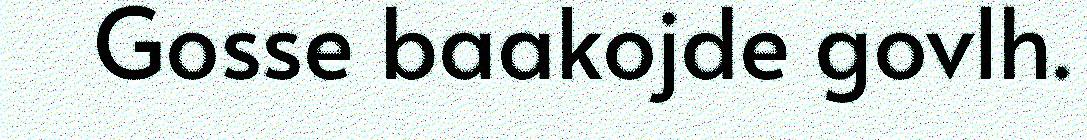
Gosse baakojde govlh.